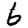
Digit: 6